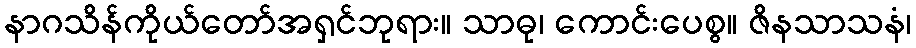
နာဂသိန်ကိုယ်တော်အရှင်ဘုရား။ သာဓု၊ ကောင်းပေစွ။ ဇိနသာသနံ၊